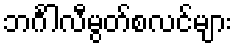
ဘင်္ဂါလီမွတ်စလင်များ